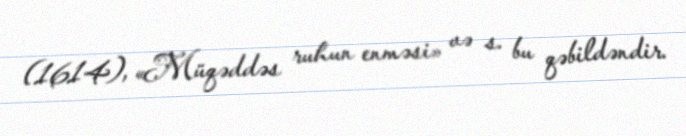
(1614), «Müqəddəs ruhun enməsi» və s. bu qəbildəndir.